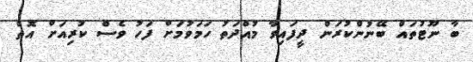
ބާ ނޫޓުތައް ބޭނުންކުރަން ދީފައިވާ މުއްދަތު ހަމަވުމަށް ފަހު ވެސް ކުރިއަށް އޮތް